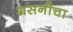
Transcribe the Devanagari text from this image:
ग्रसनीचा